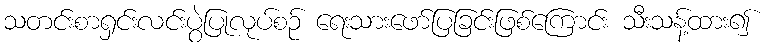
သတင်းစာရှင်းလင်းပွဲပြုလုပ်စဉ် ရေးသားဖော်ပြခြင်းဖြစ်ကြောင်း သီးသန့်ထား၍